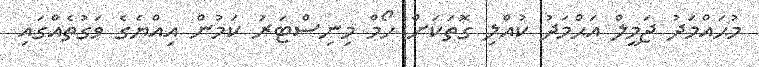
މުޙައްމަދު ޖަމީލް އަޙްމަދު ކުއްލި ގޮތަކަށް ހޯމް މިނިސްޓަރު ކަމުން އިއްޔެގެ ވަގުތެއްގައި